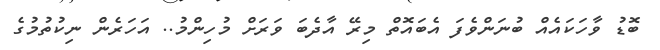
ބޮޑު ވާހަކައެއް ބުނަންވެފަ އެބައޮތް މިރޭ އާދެބަަ ވަރަށް މުހިންމު.. އަހަރެން ނިކުތުމުގެ